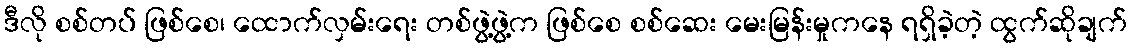
ဒီလို စစ်တပ် ဖြစ်စေ၊ ထောက်လှမ်းရေး တစ်ဖွဲ့ဖွဲ့က ဖြစ်စေ စစ်ဆေး မေးမြန်းမှုကနေ ရရှိခဲ့တဲ့ ထွက်ဆိုချက်